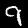
Digit: 9